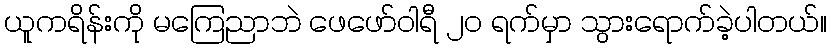
ယူကရိန်းကို မကြေညာဘဲ ဖေဖော်ဝါရီ ၂၀ ရက်မှာ သွားရောက်ခဲ့ပါတယ်။